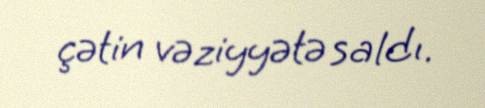
çətin vəziyyətə saldı.